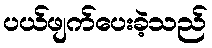
ပယ်ဖျက်ပေးခဲ့သည်